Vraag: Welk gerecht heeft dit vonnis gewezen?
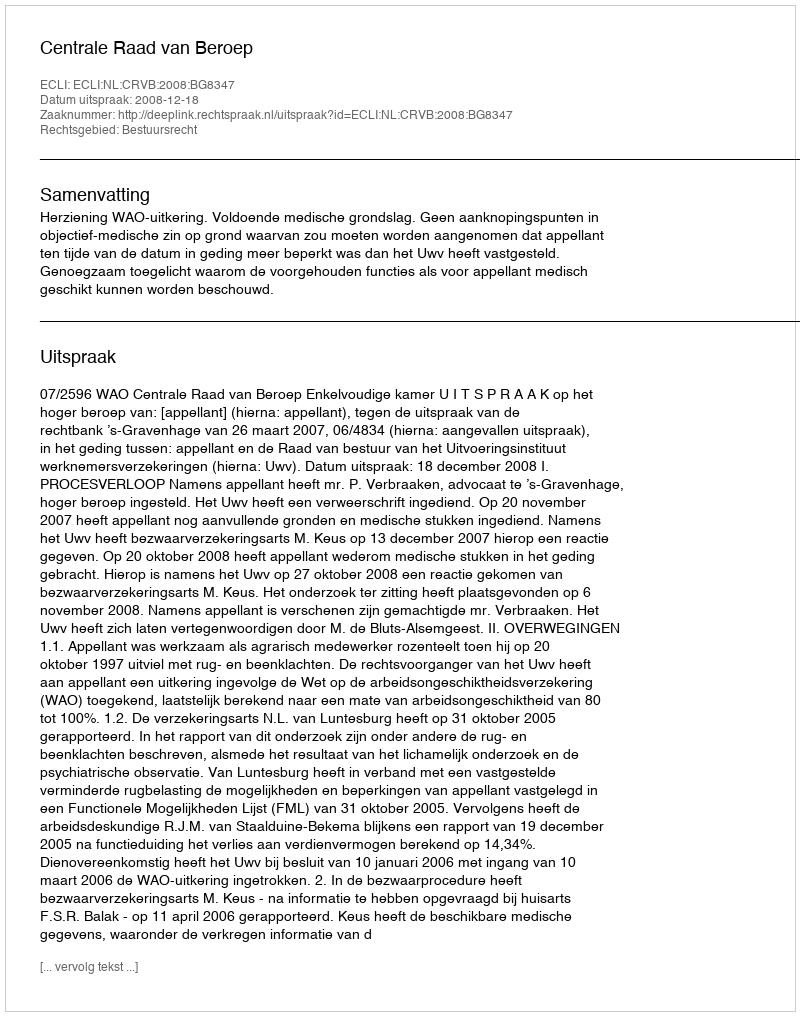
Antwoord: Centrale Raad van Beroep